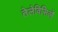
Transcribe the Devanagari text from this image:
तेलेविसिओं